Indian journal of veterinary science and animal husbandry - Volumes 15-17, 1948-1951
Year: 1948
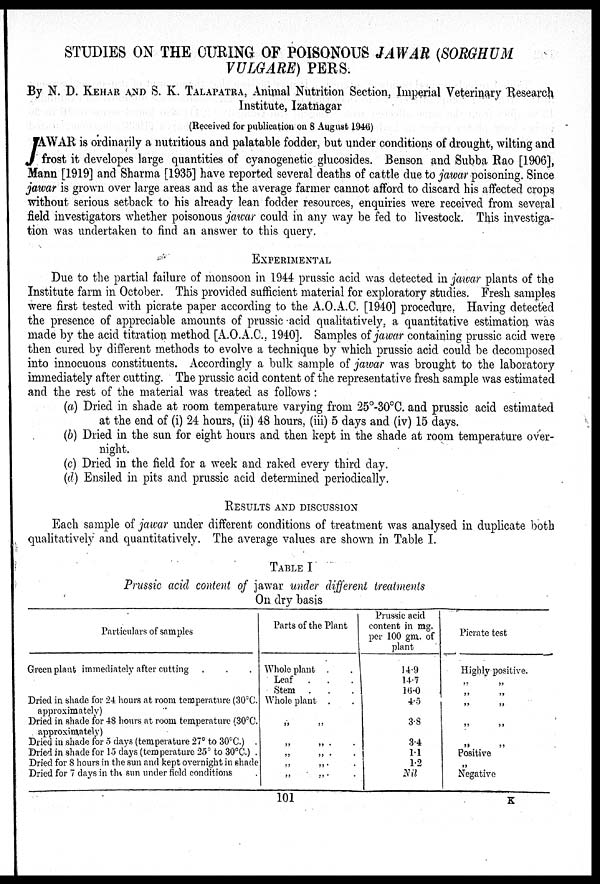
STUDIES ON THE CURING OF POISONOUS JAWAR (SORGHUM
VULGARE) PERS.
By N. D.KEHAR AND S. K. TALAPATRA, Animal Nutrition Section, Imperial Veterinary Research
Institute, Izatnagar
(Received for publication on 8 August 1946)
J AWAR is ordinarily a nutritious and palatable fodder, but under conditions of drought, wilting and
frost it developes large quantities of cyanogenetic glucosides. Benson and Subba Rao [1906],
Mann [1919] and Sharma [1935] have reported several deaths of cattle due to jawar poisoning. Since
jawar is grown over large areas and as the average farmer cannot afford to discard his affected crops
without serious setback to his already lean fodder resources, enquiries were received from several
field investigators whether poisonous jawar could in any way be fed to livestock. This investiga-
tion was undertaken to find an answer to this query.
EXPERIMENTAL
Due to the partial failure of monsoon in 1944 prussic acid was detected in jawar plants of the
Institute farm in October. This provided sufficient material for exploratory studies. Fresh samples
were first tested with picrate paper according to the A.O.A.C. [1940] procedure. Having detected
the presence of appreciable amounts of prussic acid qualitatively, a quantitative estimation was
made by the acid titration method [A.O.A.C., 1940]. Samples of jawar containing prussic acid were
then cured by different methods to evolve a technique by which prussic acid could be decomposed
into innocuous constituents. Accordingly a bulk sample of jawar was brought to the laboratory
immediately after cutting. The prussic acid content of the representative fresh sample was estimated
and the rest of the material was treated as follows:
(a) Dried in shade at room temperature varying from 25°-30°C. and prussic acid estimated
at the end of (i) 24 hours, (ii) 48 hours, (iii) 5 days and (iv) 15 days.
(b) Dried in the sun for eight hours and then kept in the shade at room temperature over-